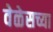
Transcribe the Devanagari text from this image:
वेळेसच्या